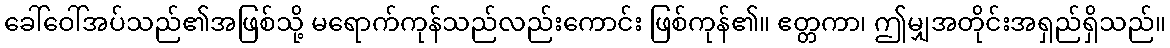
ခေါ်ဝေါ်အပ်သည်၏အဖြစ်သို့ မရောက်ကုန်သည်လည်းကောင်း ဖြစ်ကုန်၏။ ဧတ္တကာ၊ ဤမျှအတိုင်းအရှည်ရှိသည်။